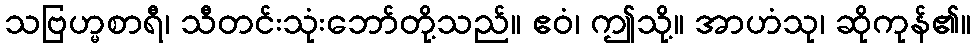
သဗြဟ္မစာရီ၊ သီတင်းသုံးဘော်တို့သည်။ ဧဝံ၊ ဤသို့။ အာဟံသု၊ ဆိုကုန်၏။